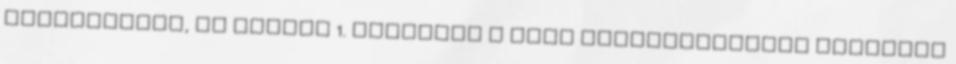
használatos, de létező 1. Megoldás a vevő szükségleteire Customer